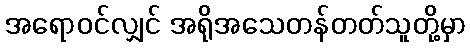
အရောဝင်လျှင် အရိုအသေတန်တတ်သူတို့မှာ